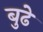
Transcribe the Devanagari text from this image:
बुढे